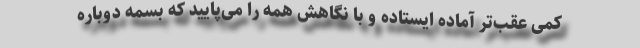
کمی عقب‌تر آماده ایستاده و با نگاهش همه را می‌پایید که بسمه دوباره